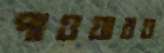
পাওয়ারও